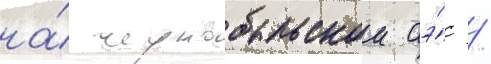
на́ чернобыльскои аэ́с /